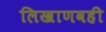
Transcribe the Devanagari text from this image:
लिखाणवही